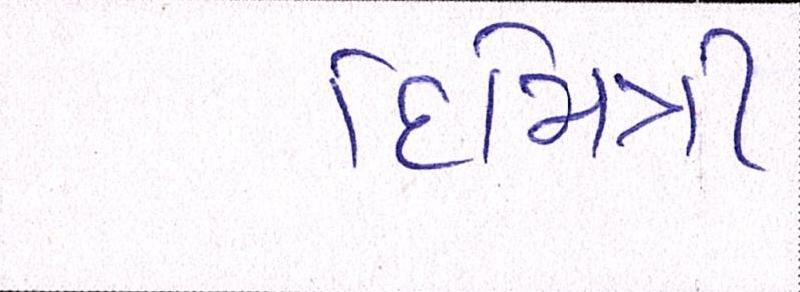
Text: દિમિત્રી